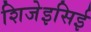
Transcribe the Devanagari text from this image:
शिजेइसिई